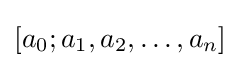
[a_{0};a_{1},a_{2},\ldots ,a_{n}]